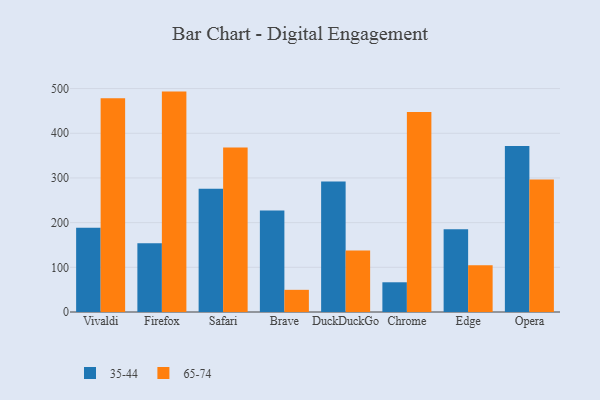
{"axis": {"x": "Browser", "y": "Waste Production (Tons)"}, "legend": ["35-44", "65-74"], "data": [{"x": "Vivaldi", "y": 188.6, "type": "35-44"}, {"x": "Vivaldi", "y": 478.3, "type": "65-74"}, {"x": "Firefox", "y": 154.0, "type": "35-44"}, {"x": "Firefox", "y": 493.2, "type": "65-74"}, {"x": "Safari", "y": 275.7, "type": "35-44"}, {"x": "Safari", "y": 368.3, "type": "65-74"}, {"x": "Brave", "y": 227.4, "type": "35-44"}, {"x": "Brave", "y": 49.6, "type": "65-74"}, {"x": "DuckDuckGo", "y": 292.0, "type": "35-44"}, {"x": "DuckDuckGo", "y": 137.9, "type": "65-74"}, {"x": "Chrome", "y": 66.5, "type": "35-44"}, {"x": "Chrome", "y": 447.4, "type": "65-74"}, {"x": "Edge", "y": 185.0, "type": "35-44"}, {"x": "Edge", "y": 104.6, "type": "65-74"}, {"x": "Opera", "y": 371.6, "type": "35-44"}, {"x": "Opera", "y": 296.3, "type": "65-74"}]}